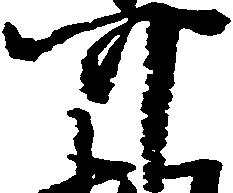
可